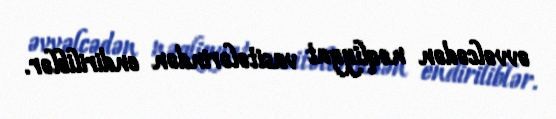
əvvəlcədən nəqliyyat vasitələrindən endiriliblər.